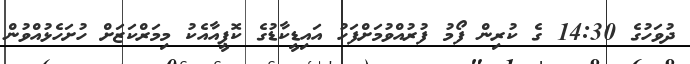
ދުވަހުގެ 14:30 ގެ ކުރިން ފޯމު ފުރުއްވުމަށްފަހު އައިޑީކާޑުގެ ކޮޕީއާއެކު މިމަރްކަޒަށް ހުށަހެޅުއްވުން